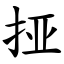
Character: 挜